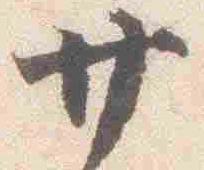
廿